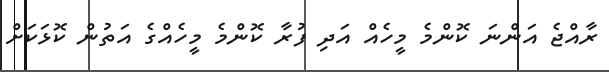
ރާއްޖެ އަންނަ ކޮންމެ މީހެއް އަދި ފުރާ ކޮންމެ މީހެއްގެ އަތުން ކޮޅަކަށް